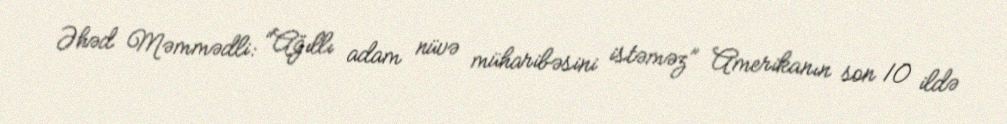
Əhəd Məmmədli: “Ağıllı adam nüvə müharibəsini istəməz” Amerikanın son 10 ildə